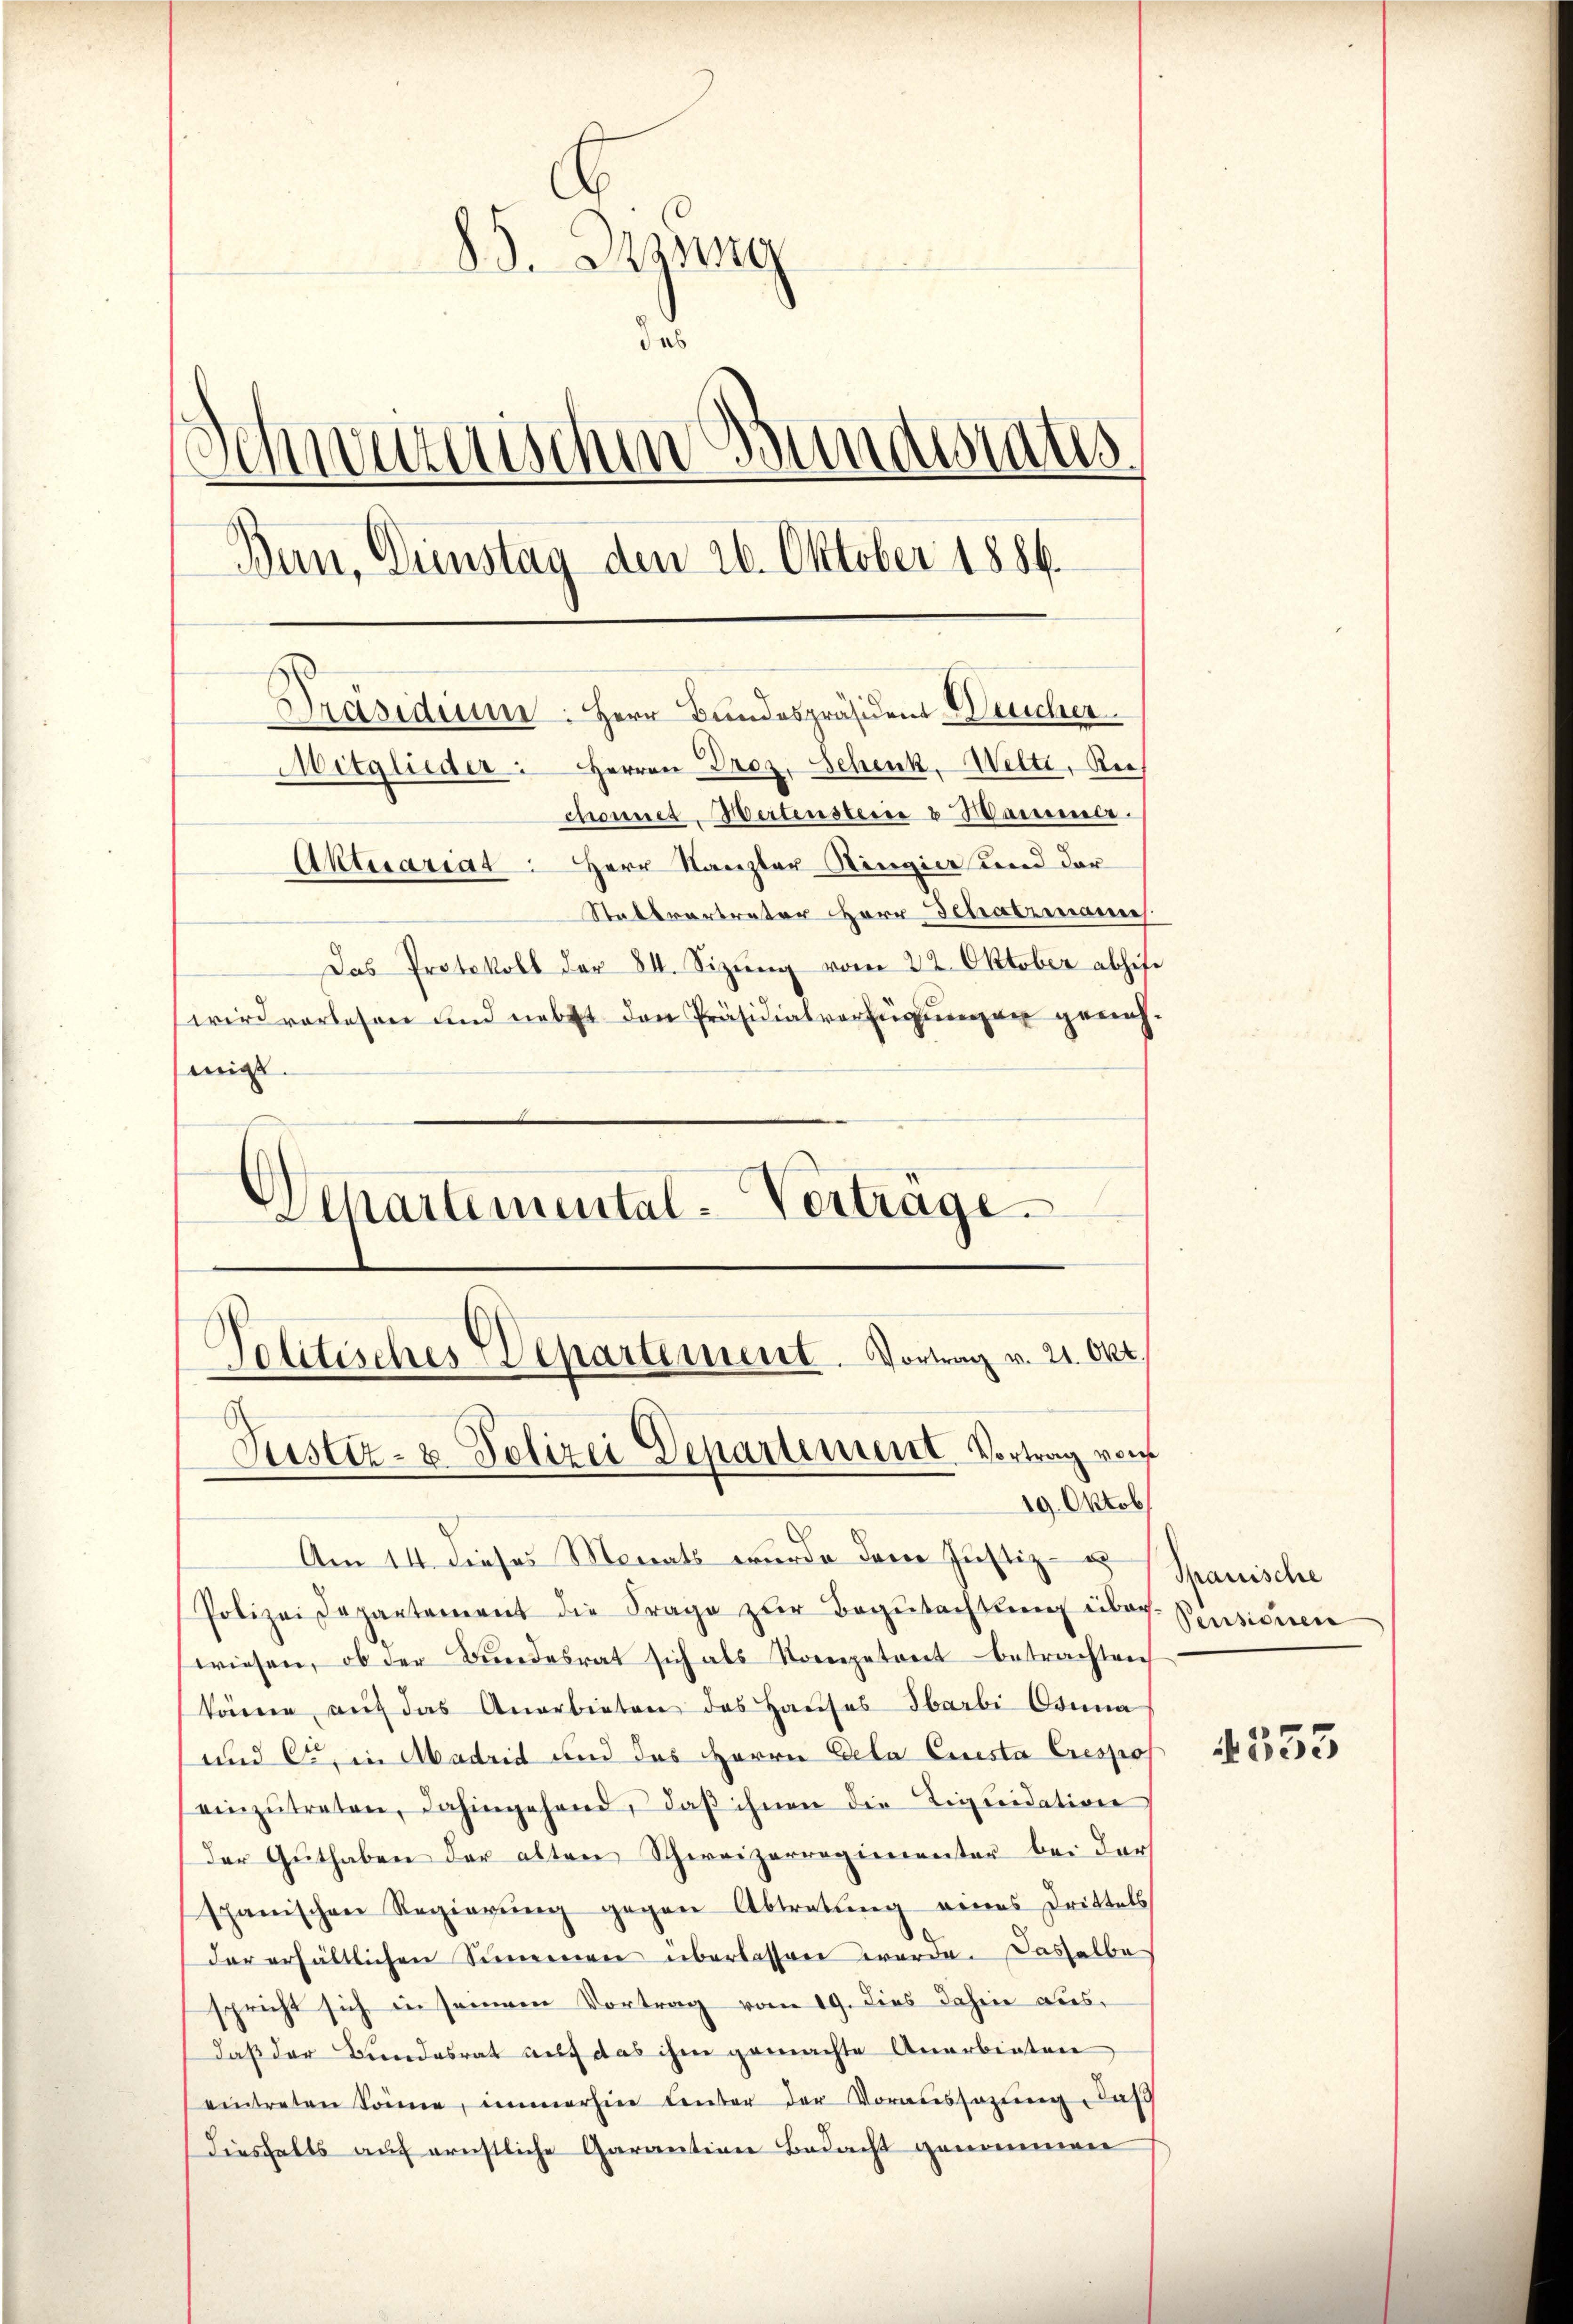
s
ad. Regung
das
Schmutzischen Bundesrates
Bern, Dienstag den 26. Oktober 1886.
Präsidium. Herr Bundespräsident Weicher.
Mitglieder: Herren Droz. Schenk, Welti, Rie
chonnet-Mertensterie & Hammer.
Aktuariat. Herr Kanzler-Ringier und dar
Stattvertreter Herr Schatzmannes.
Das Protokoll der 84. Sizŭng vom 22. Oktober abhife
wird vorlesen und nebst den Präsidialverfügungen genohmigt.

Departemental-Verträge.

Politisches Departement. Vortrag v. 21. Okt.
Justiz- & Polizei Departement Vortrag von
19. Oktob

Am 14. dieses Monats wurde der Justiz- Spanische
Polizei Departement die Frage zŭr Begŭtachtŭng über-
wiesen, ob der Bundesrat sich als Kompetent betrachten
können aŭf das Anerbieten des Haŭses barbi Conna
und ce, in Madrid und des Herrn Dela Cuesta Crespos
einzutreten, dahingehend, daß ihnen die Liquidation
Der Guthaben der alten Schweizerregimenter bei der
spanischen Regierŭng gegen Abtretŭng eines Drittels
der erhältlichen Simmen überlassen werde. Dasselbe
spricht sich in seinem Vortrag vom 19. dies dahin ausdaß der Bundesrat auf das ihm gemachte Anerbieten
eintreten Sonne, immerhine Center der Voraussagŭng, das
diesfalls auf ernstliche Garantian Bedacht genommen

Pensiciren

4353